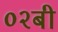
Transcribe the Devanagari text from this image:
०२बी